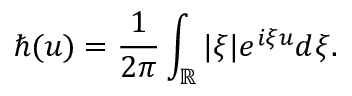
\hbar ( u ) = \displaystyle \frac { 1 } { 2 \pi } \int _ { \mathbb { R } } | \xi | e ^ { i \xi u } d \xi .